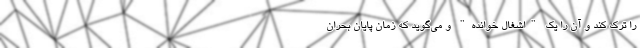
را ترک کند و آن را یک "اشغال خوانده" و می‌گوید که زمان پایان بحران